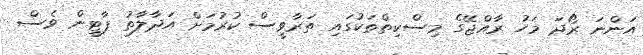
އަންނަ ރޯދަ މަހު ރާއްޖޭގެ މިސްކިތްތަކުގައި ތަރާވީސް ކުރުމަށް އަދާލާތު ޕާޓީން ވެސް